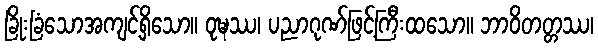
ခြိုးခြံသောအကျင့်ရှိသော။ ဝုဍ္ဎဿ၊ ပညာဂုဏ်ဖြင့်ကြီးထသော။ ဘာဝိတတ္တဿ၊